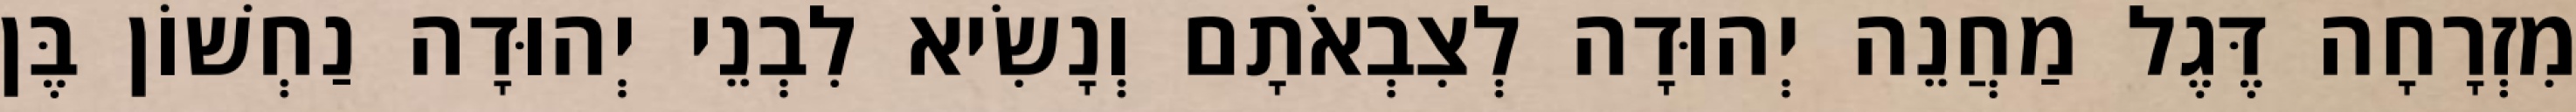
מִזְרָחָה דֶּגֶל מַחֲנֵה יְהוּדָה לְצִבְאֹתָם וְנָשִׂיא לִבְנֵי יְהוּדָה נַחְשׁוֹן בֶּן